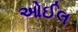
ઓઈલ